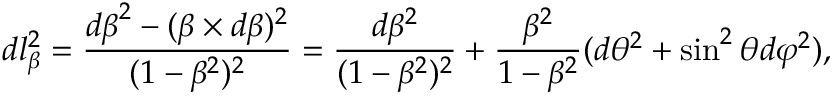
d l _ { \boldsymbol { \beta } } ^ { 2 } = { \frac { d { \boldsymbol { \beta } } ^ { 2 } - ( { \boldsymbol { \beta } } \times d { \boldsymbol { \beta } } ) ^ { 2 } } { ( 1 - \beta ^ { 2 } ) ^ { 2 } } } = { \frac { d \beta ^ { 2 } } { ( 1 - \beta ^ { 2 } ) ^ { 2 } } } + { \frac { \beta ^ { 2 } } { 1 - \beta ^ { 2 } } } ( d \theta ^ { 2 } + \sin ^ { 2 } \theta d \varphi ^ { 2 } ) ,